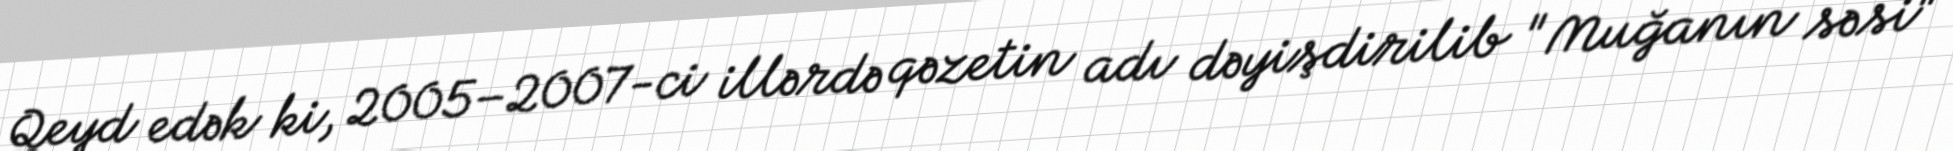
Qeyd edək ki, 2005–2007-ci illərdə qəzetin adı dəyişdirilib "Muğanın səsi"